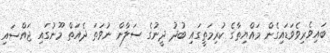
ބައިވެރިވެވަޑައިގެން މައްޔިތާގެ ކުރިމަތީގައި ބުދު ދީނުގެ ސަލާން ނުވަތަ ދެއަތް މޫނުގައި ޖައްސައި